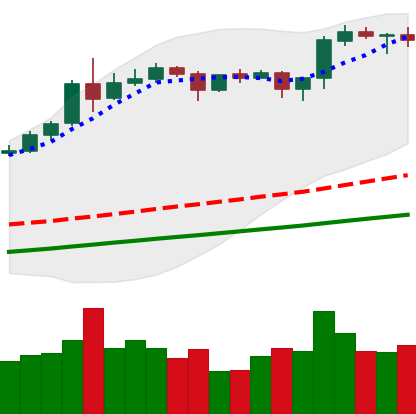
Ticker: ETH-USD
Chart end date: 2020-08-17
Forward return: -7.845%
Label: down_7plus